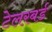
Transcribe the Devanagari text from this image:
टेलरबर्ड